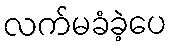
လက်မခံခဲ့ပေ